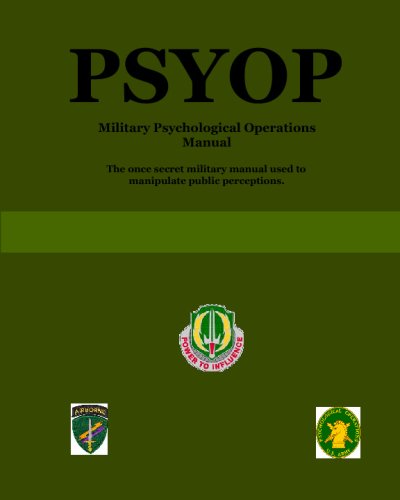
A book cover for Psyop: Military Psychological Operations Manual; U.S. Army; Reference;